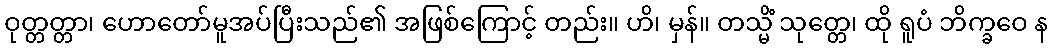
ဝုတ္တတ္တာ၊ ဟောတော်မူအပ်ပြီးသည်၏ အဖြစ်ကြောင့် တည်း။ ဟိ၊ မှန်။ တသ္မိံ သုတ္တေ၊ ထို ရူပံ ဘိက္ခဝေ န